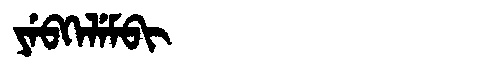
Manchu: ᠶᡝᠪᡴᡝᠯᡝᠮᠪᡳ
Romanization: YEBKELEMBI